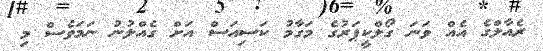
ރެއާލްގެ އެއް ވަނަ ގޯލްކީޕަރުގެ މަގާމު ކަސިއަސް އަށް ގެއްލުނު ނަމަވެސް މި